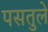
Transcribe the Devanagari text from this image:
पसतुले